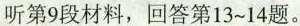
听第9段材料,回答第13~14题。